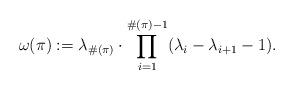
LaTeX: \begin{align*}\omega(\pi) := \lambda_{\#(\pi)}\cdot\prod_{i=1}^{\#(\pi)-1} (\lambda_{i}-\lambda_{i+1}-1).\end{align*}